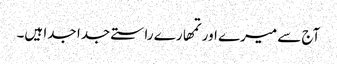
آج سے میرے اور تمھارے راستے جدا جدا ہیں۔